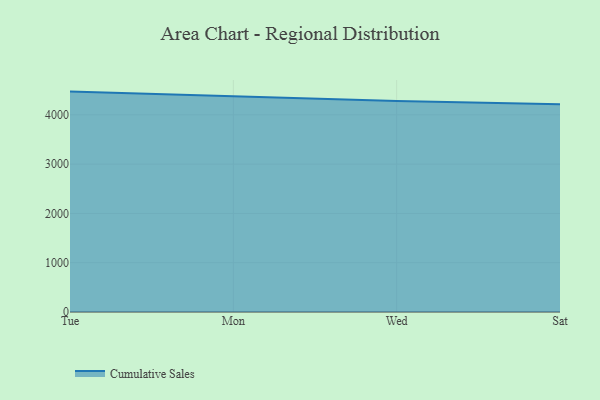
{"axis": {"x": "Day", "y": "Revenue (USD Million)"}, "legend": ["Cumulative Sales"], "data": [{"x": "Tue", "y": 4471.0, "type": "Cumulative Sales"}, {"x": "Mon", "y": 4371.3, "type": "Cumulative Sales"}, {"x": "Wed", "y": 4282.2, "type": "Cumulative Sales"}, {"x": "Sat", "y": 4214.8, "type": "Cumulative Sales"}]}